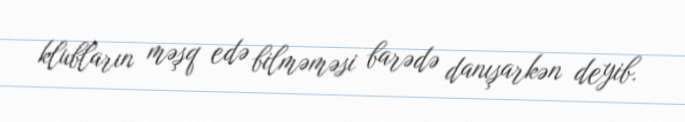
klubların məşq edə bilməməsi barədə danışarkən deyib.